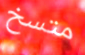
متسخ